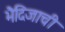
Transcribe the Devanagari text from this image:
भैदिजाची